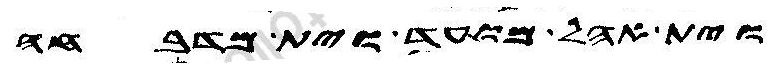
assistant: וית אהל מועד וית מדבחה